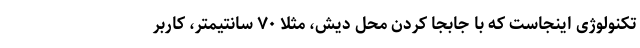
تکنولوژی اینجاست که با جابجا کردن محل دیش، مثلاً ۷۰ سانتیمتر، کاربر